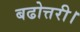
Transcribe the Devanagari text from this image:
बढोत्तरी।